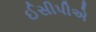
ઈસીપીએ